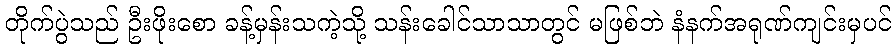
တိုက်ပွဲသည် ဦးဖိုးစော ခန့်မှန်းသကဲ့သို့ သန်းခေါင်သာသာတွင် မဖြစ်ဘဲ နံနက်အရုဏ်ကျင်းမှပင်